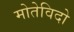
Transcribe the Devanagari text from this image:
मोतेविदो